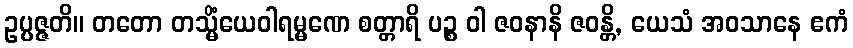
ဥပ္ပဇ္ဇတိ။ တတော တသ္မိံယေဝါရမ္မဏေ စတ္တာရိ ပဉ္စ ဝါ ဇဝနာနိ ဇဝန္တိ, ယေသံ အဝသာနေ ဧကံ